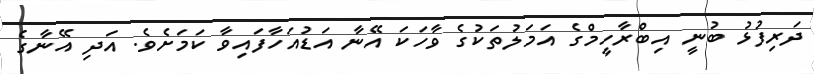
ދަރިފުޅު ބުނީ އިބްރާހީމްގެ އަމަލުތަކުގެ ވާހަކަ އޭނާ އަޑުއަހާފައިވާ ކަމަށެވެ. އަދި އޭނާގެ